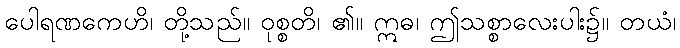
ပေါရဏကေဟိ၊ တို့သည်။ ဝုစ္စတိ၊ ၏။ ဣဓ၊ ဤသစ္စာလေးပါး၌။ တယံ၊